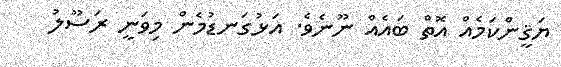
ޔަޤީންކަމެއް އޮތް ބައެއް ނޫނެވެ. އަޅުގަނޑުމެން މިވަނީ ރަސޫލު